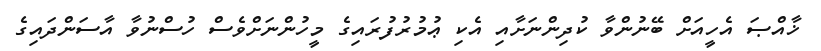
ޚާއްޞަ އެހީއަށް ބޭނުންވާ ކުދިންނަށާއި އެކި ޢުމުރުފުރައިގެ މީހުންނަށްވެސް ހުސްނުވާ އާސަންދައިގެ